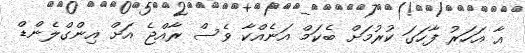
އާ އަހަރު ފާހަގަ ކުރުމަށް ބެކަމް އަނެއްކާ ވެސް ރާއްޖެ އަށް އިންގްލެންޑް